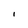
Character: i